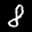
Label: 8